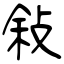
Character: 敍